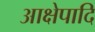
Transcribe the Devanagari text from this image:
आक्षेपादि